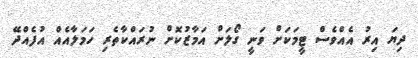
ދިޔަ އިރު އެއްވެސް ޓީމަކަށް ވަނީ ގޯލަށް އަމާޒުކޮށް ނުރައްކާތެރި ހަމަލާއެއް އުފެއްދޭ